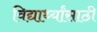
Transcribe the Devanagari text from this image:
विद्यार्थ्‍यांसाठी